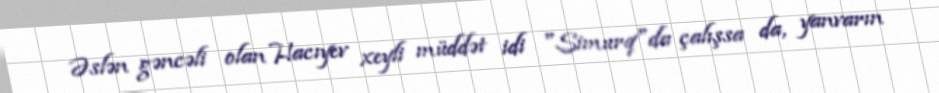
Əslən gəncəli olan Hacıyev xeyli müddət idi "Simurq"da çalışsa da, yanvarın